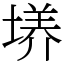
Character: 𡏆